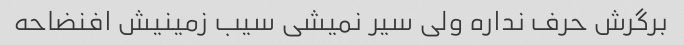
برگرش حرف نداره ولی سیر نمیشی سیب زمینیش افنضاحه